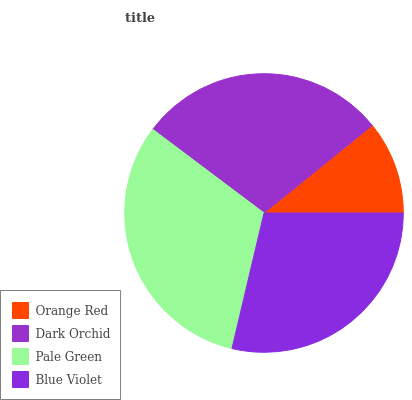
| Orange Red | Dark Orchid | Pale Green | Blue Violet |
 | --- | --- | --- | --- |
 | 10.8% | 29% | 31.5% | 28.7% |